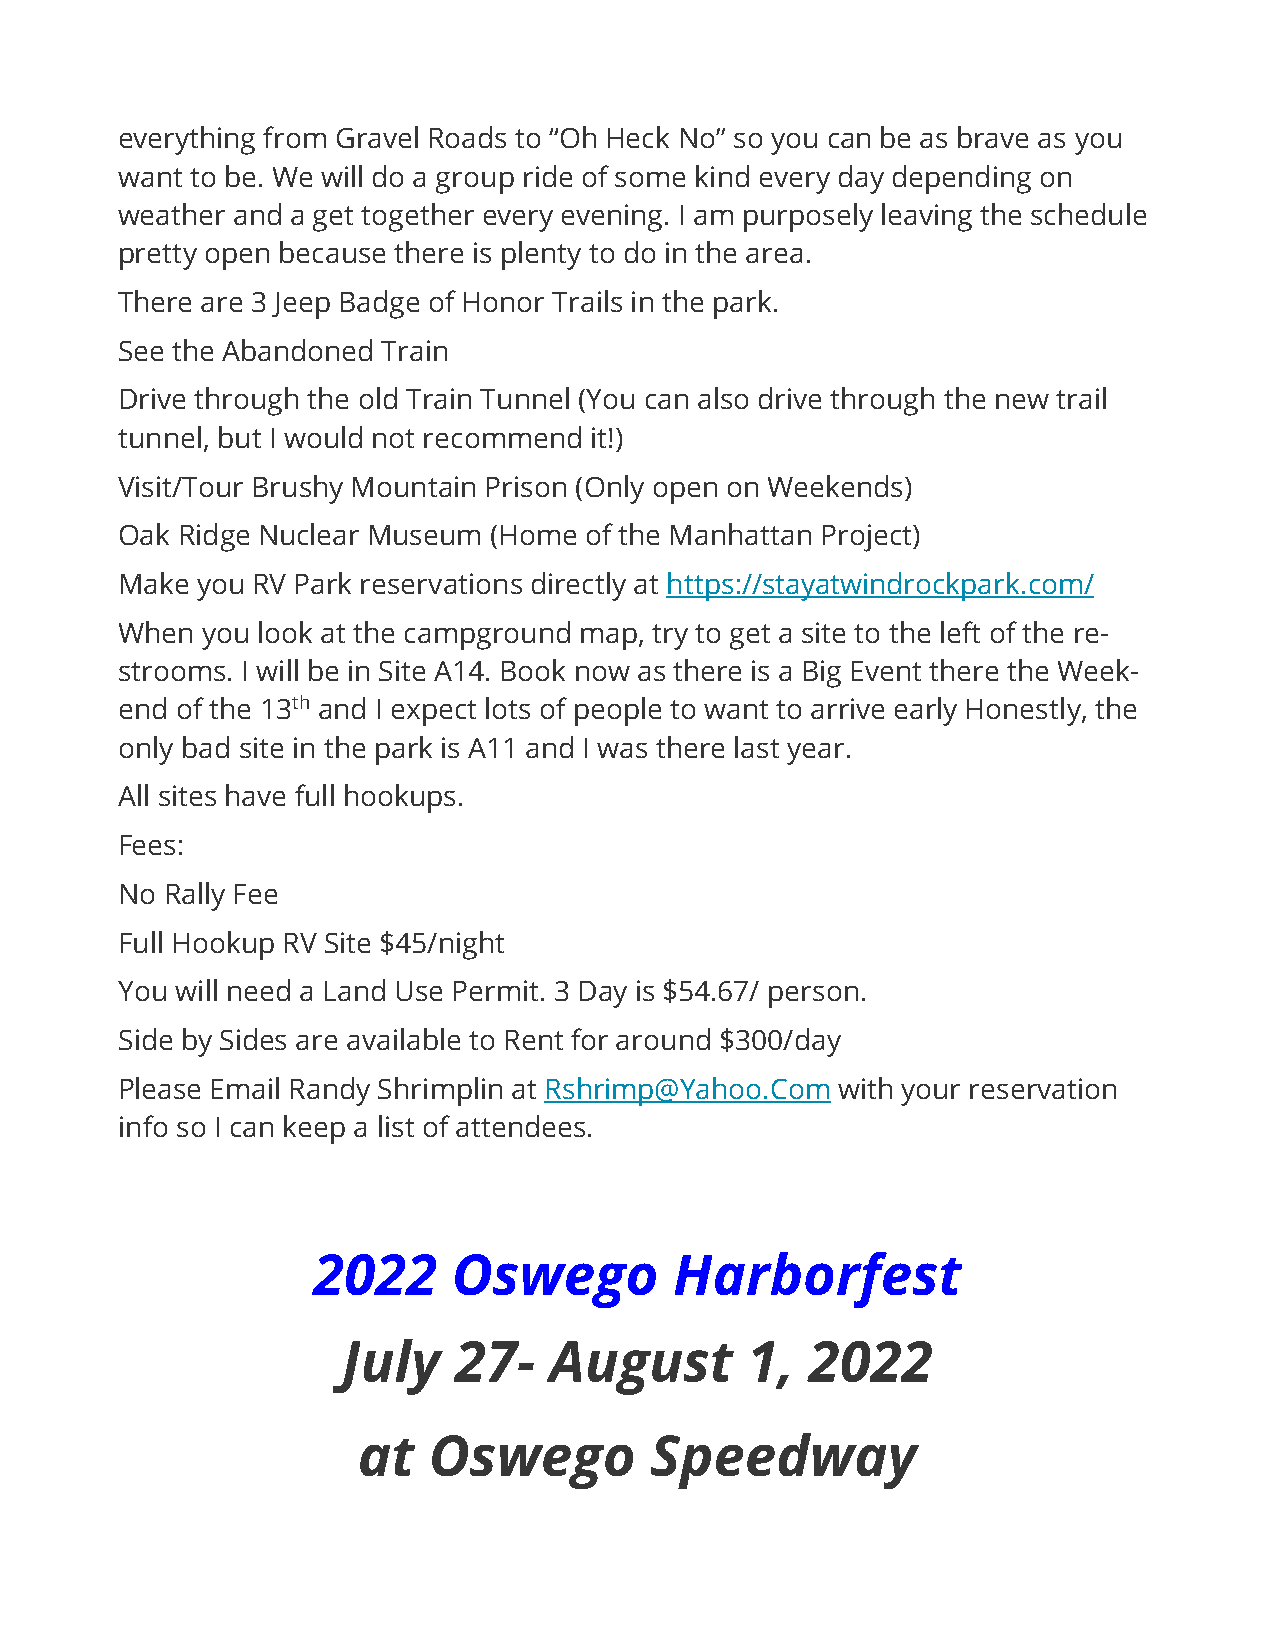
everything from Gravel Roads to “Oh Heck No” so you can be as brave as you
 want to be. We will do a group ride of some kind every day depending on
 weather and a get together every evening. I am purposely leaving the schedule
 pretty open because there is plenty to do in the area.
 There are 3 Jeep Badge of Honor Trails in the park.
 See the Abandoned Train
 Drive through the old Train Tunnel (You can also drive through the new trail
 tunnel, but I would not recommend it!)
 Visit/Tour Brushy Mountain Prison (Only open on Weekends)
 Oak Ridge Nuclear Museum (Home of the Manhattan Project)
 Make you RV Park reservations directly at https://stayatwindrockpark.com/
 When you look at the campground map, try to get a site to the left of the re-
 strooms. I will be in Site A14. Book now as there is a Big Event there the Week-
 end of the 13th and I expect lots of people to want to arrive early Honestly, the
 only bad site in the park is A11 and I was there last year.
 All sites have full hookups.
 Fees:
 No Rally Fee
 Full Hookup RV Site $45/night
 You will need a Land Use Permit. 3 Day is $54.67/ person.
 Side by Sides are available to Rent for around $300/day
 Please Email Randy Shrimplin at Rshrimp@Yahoo.Com with your reservation
 info so I can keep a list of attendees.
 2022     Oswego         Harborfest
 July   27-   August       1,   2022
 at  Oswego         Speedway